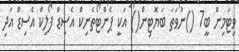
ވިޓަމިން ބީ7 ()ނުވަތަ ބަޔޮޓިން() އަކީ ޕެންޓޯތެނިކް އެސިޑް ފޯލިކް އެސިޑް އަދި